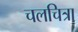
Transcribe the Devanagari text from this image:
चलचित्रा